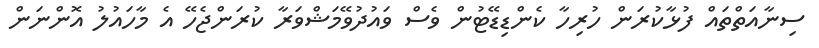
ސިނާއަތްތައް ފުޅާކުރަން ހުރިހާ ކެންޑިޑޭޓުން ވެސް ވައުދުވޭމަޝްވަރާ ކުރަންޖެހޭ އެ މާހައުލު އޮންނަން